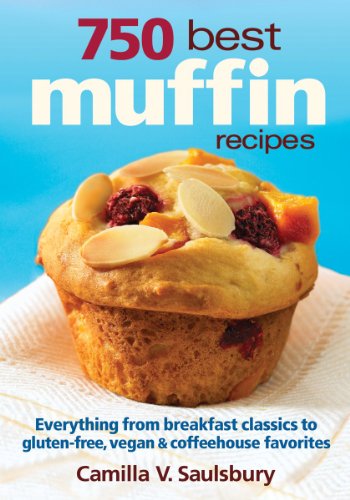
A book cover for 750 Best Muffin Recipes: Everything from breakfast classics to gluten-free, vegan and coffeehouse favorites; Camilla Saulsbury; Cookbooks, Food & Wine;